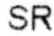
SR